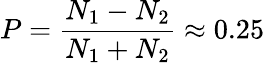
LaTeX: P=\frac{N_{1}-N_{2}}{N_{1}+N_{2}}\approx 0.25